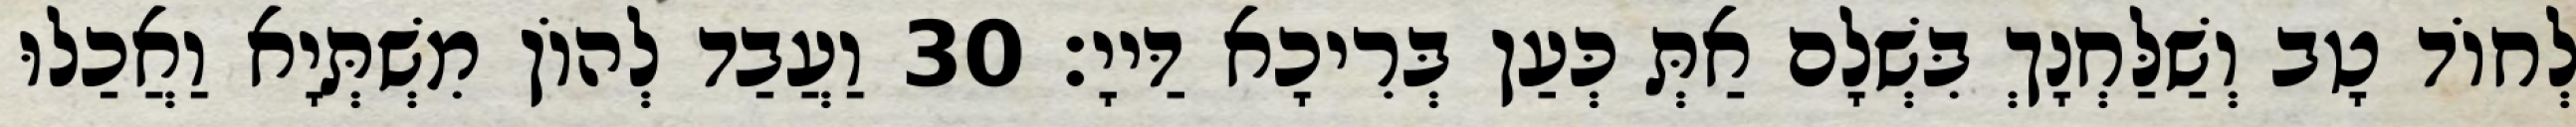
לְחוֹד טָב וְשַׁלַּחְנָךְ בִּשְׁלָם אַתְּ כְּעַן בְּרִיכָא דַּייָ׃ 30 וַעֲבַד לְהוֹן מִשְׁתְּיָא וַאֲכַלוּ